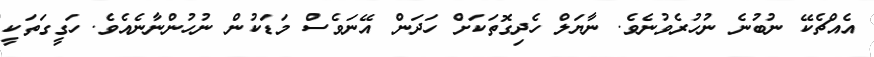
އެއްޗެކޭ ނުބުނެ ނުހުރެވުނެވެ. ނާޔަލް ހެދިގޮތަކަށް ހަދަން އޭނަވެސް މަޑަކުން ނުހުންނާނެއެވެ. ހަގީގަތަކީ